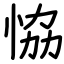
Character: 恊